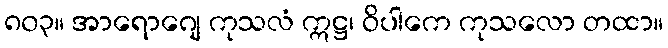
၈၀၃။ အာရောဂျေ ကုသလံ ဣဋ္ဌ၊ ဝိပါကေ ကုသလော တထာ။